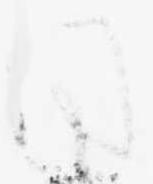
同